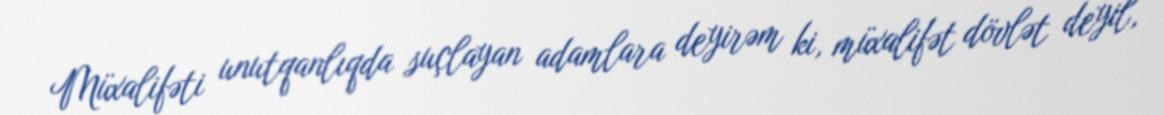
Müxalifəti unutqanlıqda suçlayan adamlara deyirəm ki, müxalifət dövlət deyil,